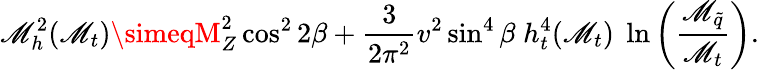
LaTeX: \mathscr{M}_{h}^{2}(\mathscr{M}_{t})\simeqM_{Z}^{2}\cos^{2}2\beta+\frac{{3}}{{2\pi^{2}}}v^{2}\sin^{4}\beta\; h_{t}^{4}(\mathscr{M}_{t})\; \ln\left(\frac{{\mathscr{M}_{\tilde{{q}}}}}{{\mathscr{M}_{t}}}\right).